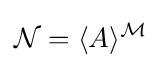
{\mathcal {N}}=\langle A\rangle ^{\mathcal {M}}